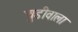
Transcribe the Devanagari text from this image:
चुडीवाला